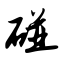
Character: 碰